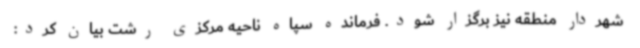
شهردار منطقه نیز برگزار شود. فرمانده سپاه ناحیه مرکزی رشت بیان کرد: